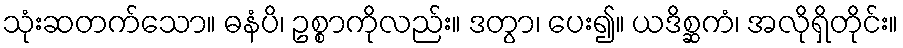
သုံးဆတက်သော။ ဓနံပိ၊ ဥစ္စာကိုလည်း။ ဒတွာ၊ ပေး၍။ ယဒိစ္ဆကံ၊ အလိုရှိတိုင်း။